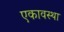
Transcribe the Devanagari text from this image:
एकावस्था